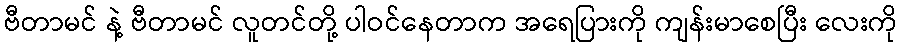
ဗီတာမင် နဲ့ ဗီတာမင် လူတင်တို့ ပါဝင်နေတာက အရေပြားကို ကျန်းမာစေပြီး လေးကို